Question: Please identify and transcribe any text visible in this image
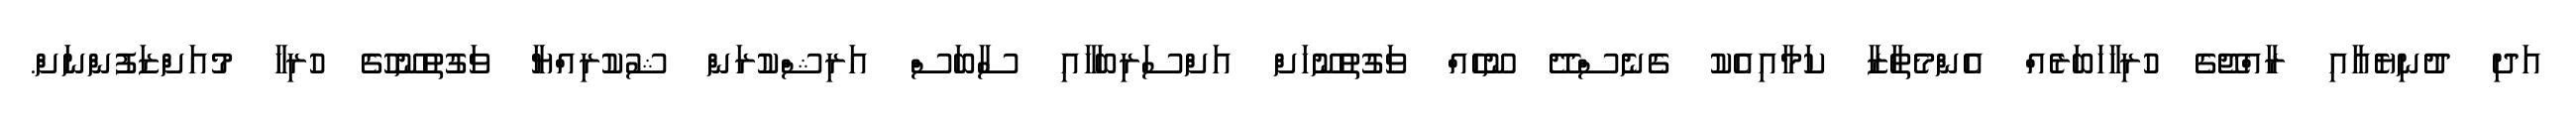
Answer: އަދި ދުނިޔެއާއި ރާއްޖޭގެ ހުރިހާހަބަރެއް އެންމެތާޒާ ކަމާއިއެކު ގެނެސްދޭ ނޫހެއް ވަގުތުނޫހަށް އަށްސަރިބަހާއި ސާބަސް އަރިޝްކުރަން ޝުކުރިއްޔާ ވަގުތުނޫހުގެ ހުރިހާ މުއަށްޒަފުންނަށް.